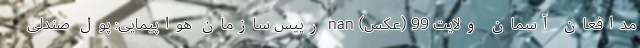
مدافعان آسمان ولایت 99 (عکس) nan رییس سازمان هواپیمایی: پول صندلی